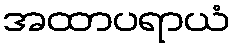
အထာပရာယံ